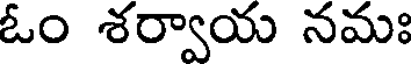
ఓం శర్వాయ నమః